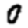
Digit: 0